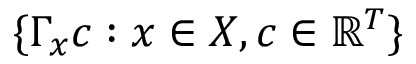
\{ \Gamma _ { x } c : x \in X , c \in \mathbb { R } ^ { T } \}